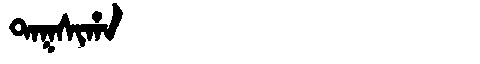
Manchu: ᡨᠠᡴᠰᡳᡥᠠ
Romanization: TAKSIHA